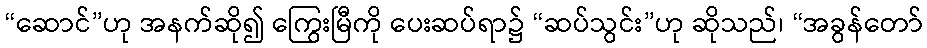
“ဆောင်”ဟု အနက်ဆို၍ ကြွေးမြီကို ပေးဆပ်ရာ၌ “ဆပ်သွင်း”ဟု ဆိုသည်၊ “အခွန်တော်